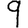
Digit: 9